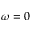
\omega = 0